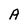
Character: A